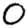
Digit: 0